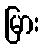
မြား